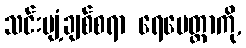
သင်းပျံ့ချစ်စရာ ရေမေတ္တာကို,